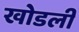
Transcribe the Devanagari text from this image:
खोडली